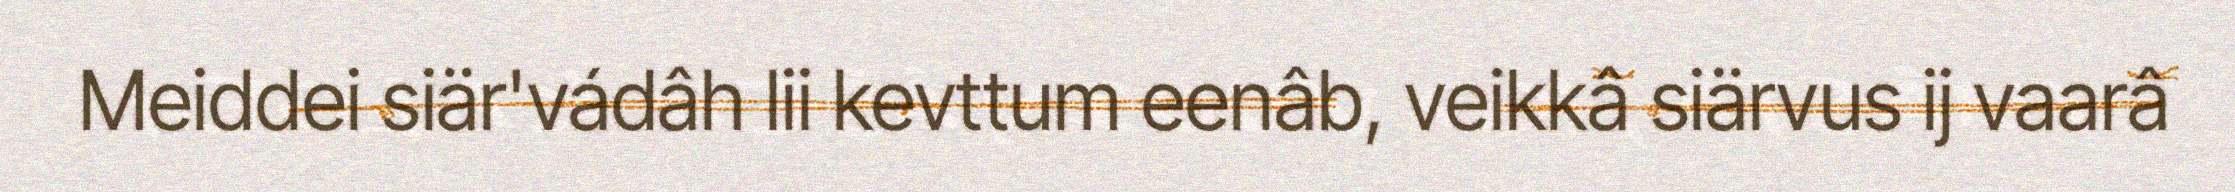
Meiddei siär'vádâh lii kevttum eenâb, veikkâ siärvus ij vaarâ